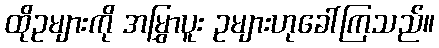
ထိုဥများကို အမြွှာပူး ဥများဟုခေါ်ကြသည်။